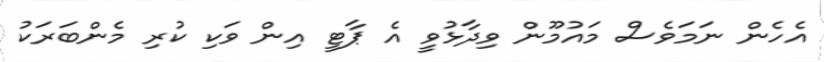
އެހެން ނަމަވެސް މައުމޫން ވިދާޅުވީ އެ ޕާޓީ އިން ވަކި ކުރި މެންބަރަކު